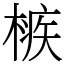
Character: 槉